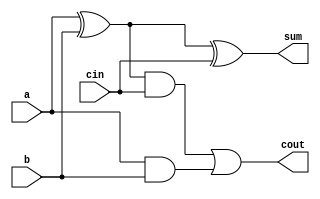
`timescale 1ns/1ns

// Full Adder
module Full_Adder(output sum, cout, input a, b, cin);
  wire w0, w1, w2;
  
  xor  da(w0, a, b);
  xor  ba(sum, w0, cin);
  
  and cd(w1, w0, cin);
  and sd(w2, a, b);
  or ee(cout, w1, w2);
endmodule